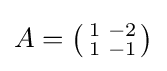
A=\left({\begin{smallmatrix}1&-2\\1&-1\end{smallmatrix}}\right)